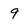
Character: 9